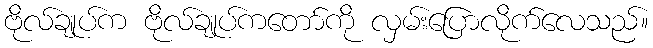
ဗိုလ်ချုပ်က ဗိုလ်ချုပ်ကတော်ကို လှမ်းပြောလိုက်လေသည်။